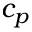
c _ { p }